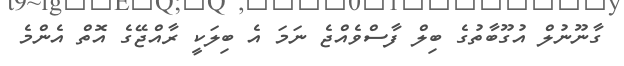
ގާނޫނުލް އުގޫބާތުގެ ބިލް ފާސްވެއްޖެ ނަމަ އެ ބިލަކީ ރާއްޖޭގެ އޮތް އެންމެ